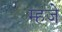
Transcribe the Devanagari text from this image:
म्हजे